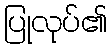
ပြုလုပ်၏